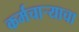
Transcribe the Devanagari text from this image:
कर्मचार्‍याचा